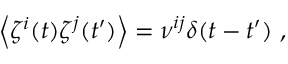
\left\langle \zeta ^ { i } ( t ) \zeta ^ { j } ( t ^ { \prime } ) \right\rangle = \nu ^ { i j } \delta ( t - t ^ { \prime } ) \ ,